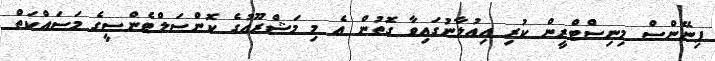
ފިނޭންސް މިނިސްޓްރީން ކުރި އިއުލާނުގައިވާ ގޮތުން އެ މި މަޝްރޫއުގެ ކޮންސަލްޓެންސީގެ މަސައްކަތް